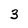
Character: 3